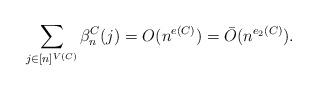
LaTeX: \begin{align*} \sum_{j\in [n]^{V(C)}} \beta_{n}^{C}(j) =O(n^{e(C)})=\bar O(n^{e_2(C)}).\end{align*}